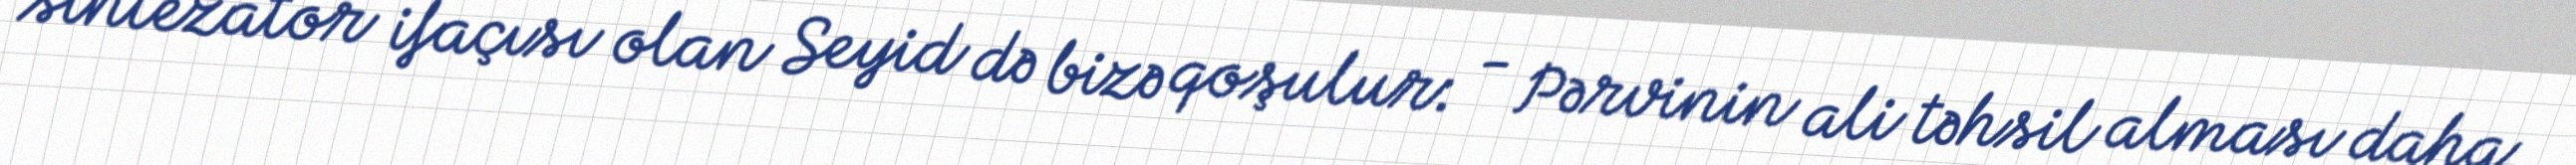
sintezator ifaçısı olan Seyid də bizə qoşulur: - Pərvinin ali təhsil alması daha